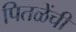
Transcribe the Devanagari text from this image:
पितळेंची